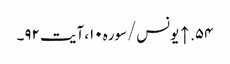
۵۴. ↑ یونس/سوره۱۰، آیت ۹۲۔